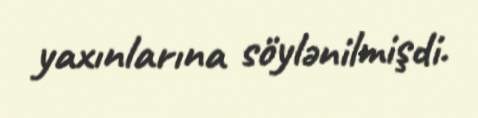
yaxınlarına söylənilmişdi.